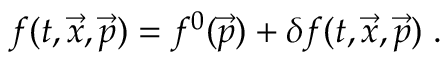
f ( t , \vec { x } , \vec { p } ) = f ^ { 0 } ( \vec { p } ) + \delta f ( t , \vec { x } , \vec { p } ) \; .